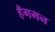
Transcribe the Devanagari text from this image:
हँगमन